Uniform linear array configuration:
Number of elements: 8
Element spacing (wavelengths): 0.25
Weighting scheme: kaiser
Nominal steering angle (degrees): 60
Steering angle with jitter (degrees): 60.109
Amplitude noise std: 0.05
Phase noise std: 0.05

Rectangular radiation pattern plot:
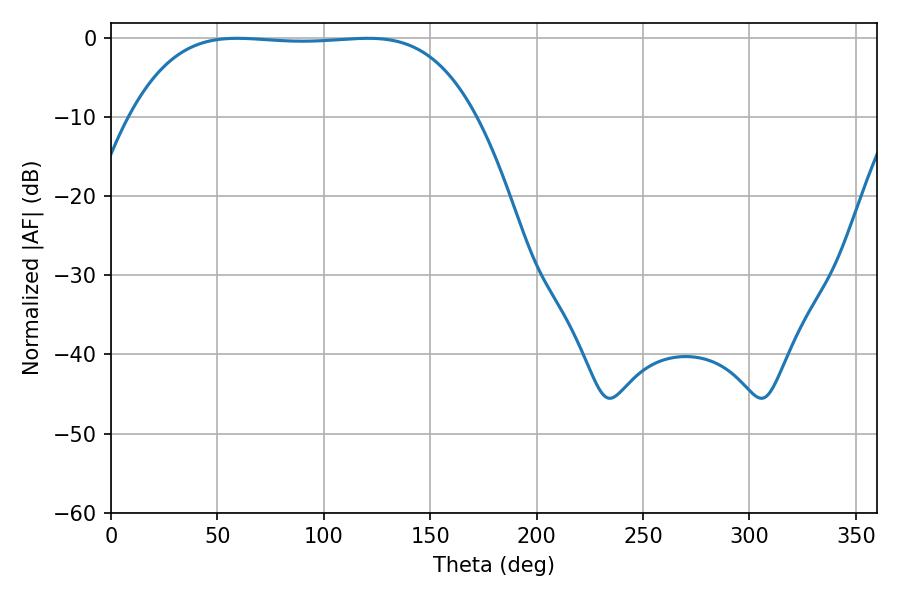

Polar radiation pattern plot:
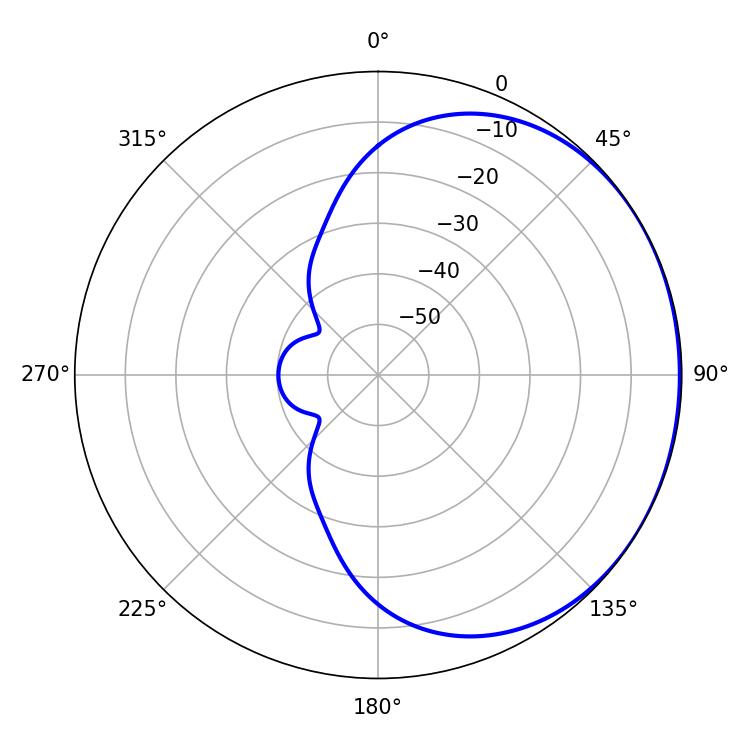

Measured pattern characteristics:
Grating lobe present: FALSE
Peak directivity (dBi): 0.7292
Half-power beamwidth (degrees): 125.64
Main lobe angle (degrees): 59.22